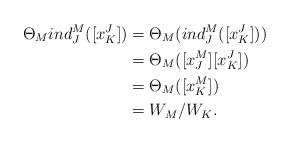
LaTeX: \begin{align*}{\Theta_M}{ind_J^{M}}([x_K^{J}]) &= {\Theta_M}({ind_J^{M}}([x_K^{J}]))\\&={\Theta_M}([x_J^{M}][x_K^{J}])\\&={\Theta_M}([x_K^{M}])\\&=W_{M}/W_{K}.\end{align*}